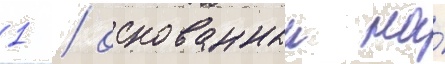
1 / основанныи на́